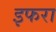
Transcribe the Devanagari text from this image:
इफरा